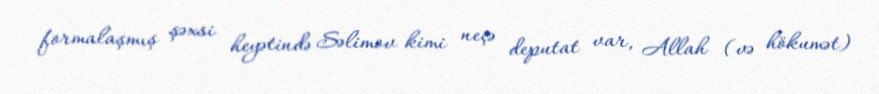
formalaşmış şəxsi heyətində Səlimov kimi neçə deputat var, Allah (və hökumət)